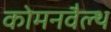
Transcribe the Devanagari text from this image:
कोमनवैल्थ